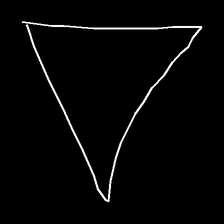
Glyph: convergence